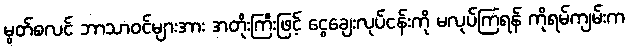
မွတ်စလင် ဘာသာဝင်များအား အတိုးကြီးဖြင့် ငွေချေးလုပ်ငန်းကို မလုပ်ကြရန် ကိုရမ်ကျမ်းက